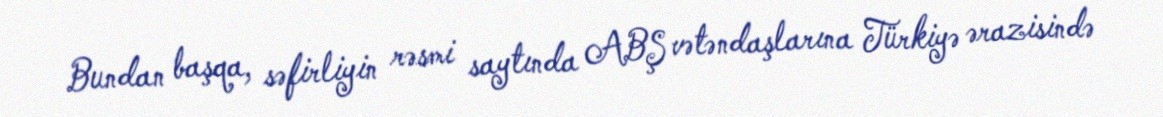
Bundan başqa, səfirliyin rəsmi saytında ABŞ vətəndaşlarına Türkiyə ərazisində